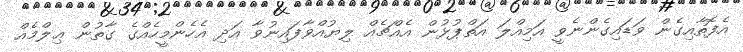
އެފޮތާއިގެން ވަޑައިގެންނެވީ އަމިއްލަ އަތްޕުޅުން އެއްޗެއް ލިޔުއްވާފައިނުވާ އަދި އެހެންމީހެއްގެ ގާތުން ޢިލްމެއް